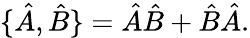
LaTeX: \{ {\hat{A}},{\hat{B}}\} ={\hat{A}}{\hat{B}}+{\hat{B}}{\hat{A}}.